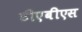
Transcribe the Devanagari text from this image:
टीएबीएस